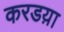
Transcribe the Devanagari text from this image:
करडय़ा